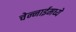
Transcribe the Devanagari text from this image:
चेन्नाईमध्ये